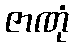
ဇာဏုံ